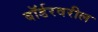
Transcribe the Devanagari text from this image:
बॉर्डरवरील